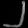
Digit: ၂